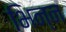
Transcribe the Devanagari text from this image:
भिन्न